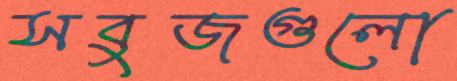
সবুজগুলো